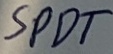
Text: SPDT